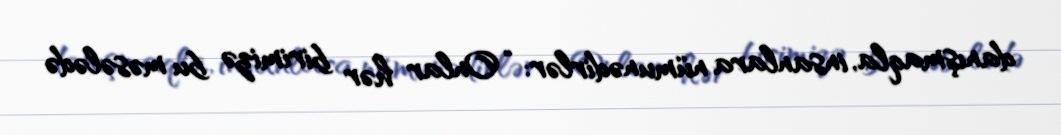
danışmaqla, insanlara nümunədirlər: “Onlar hər birimizə bu məsələdə